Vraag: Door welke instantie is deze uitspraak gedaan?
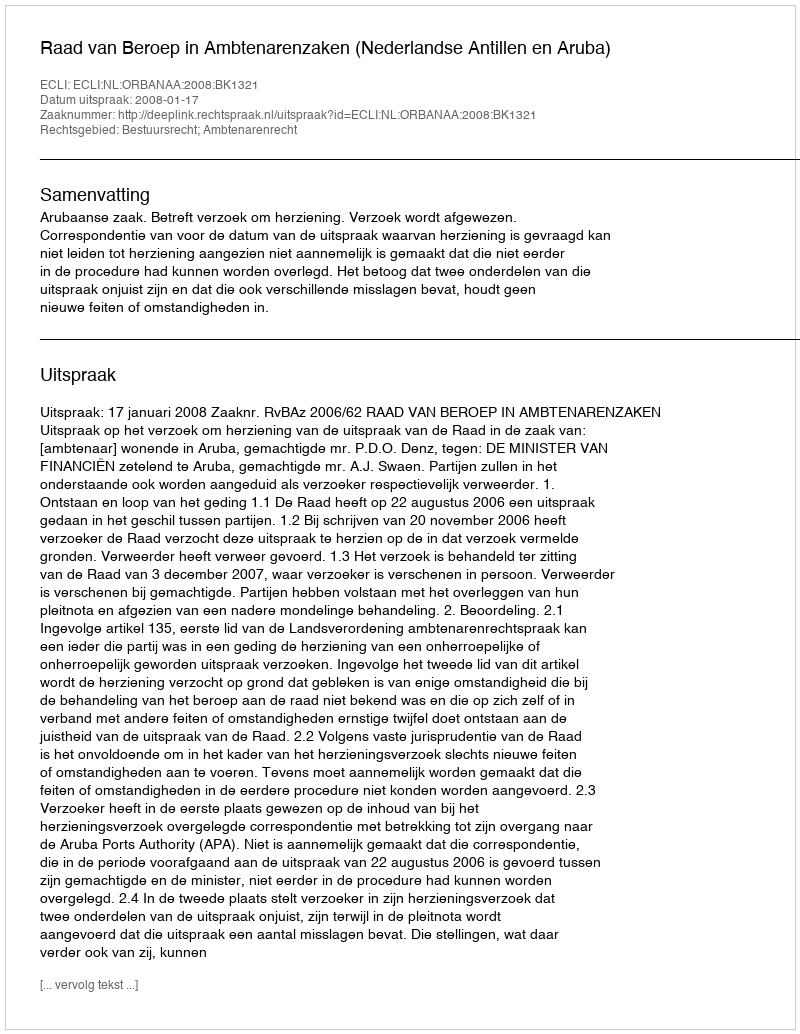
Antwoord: Raad van Beroep in Ambtenarenzaken (Nederlandse Antillen en Aruba)